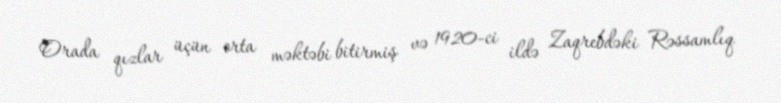
Orada qızlar üçün orta məktəbi bitirmiş və 1920-ci ildə Zaqrebdəki Rəssamlıq